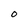
Character: 0